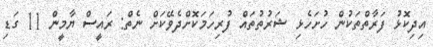
އިދިކޮޅު ފަރާތްތަކުން ހުށަހެޅި ޝަރުތުތައް ފުރިހަމަކޮށްދެވޭކަށް ނެތް: ރައީސް ޔާމީން 11 ގަޑި